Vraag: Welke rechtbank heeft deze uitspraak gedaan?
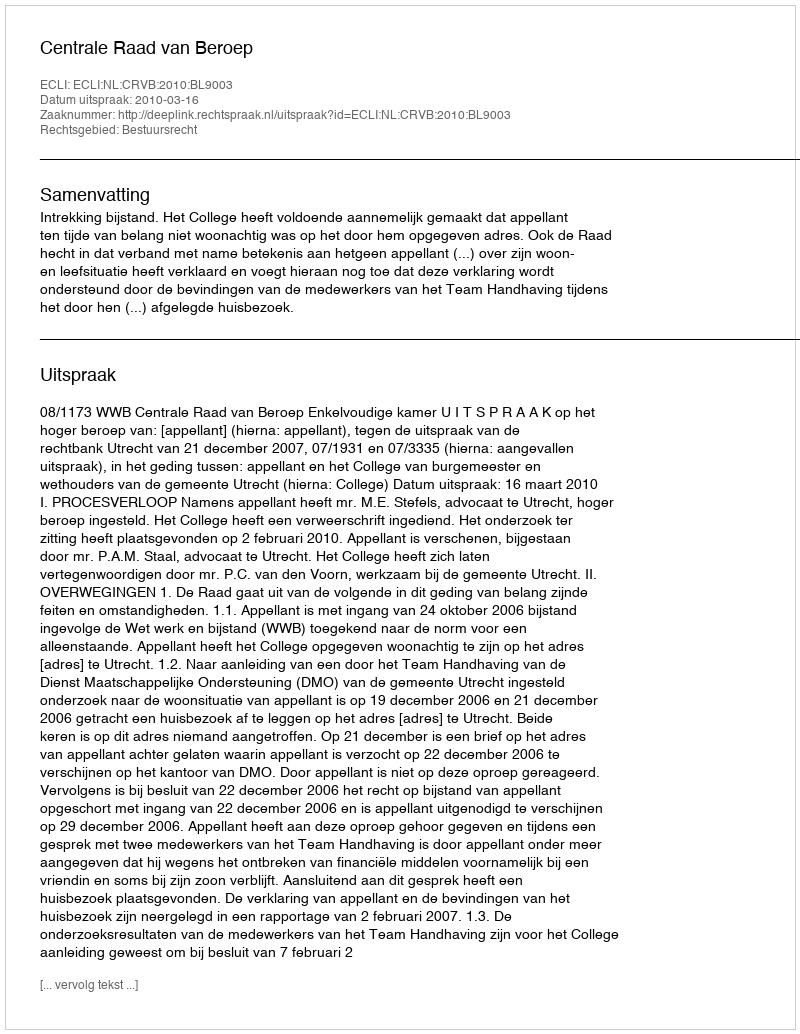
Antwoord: Centrale Raad van Beroep